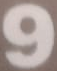
9